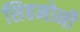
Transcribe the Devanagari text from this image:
सिहमोनी